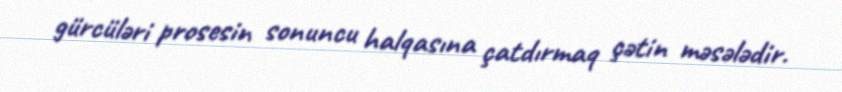
gürcüləri prosesin sonuncu halqasına çatdırmaq çətin məsələdir.